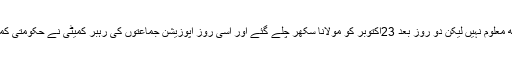
ملاقات میں کیا ہوا کسی کو کچھ معلوم نہیں لیکن دو روز بعد 23اکتوبر کو مولانا سکھر چلے گئے اور اسی روز اپوزیشن جماعتوں کی رہبر کمیٹی نے حکومتی کمیٹی کو ملاقات کا وقت دے دیا۔